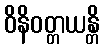
ဝိနိဝတ္တယန္တိ